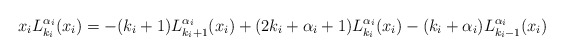
\begin{align*}x_iL^{\alpha_i}_{k_i}(x_i)=-(k_i+1)L^{\alpha_i}_{k_i+1}(x_i)+(2k_i+\alpha_i+1)L^{\alpha_i}_{k_i}(x_i)-(k_i+\alpha_i)L^{\alpha_i}_{k_i-1}(x_i)\end{align*}